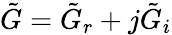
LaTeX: \tilde{G}=\tilde{G}_{r}+j\tilde{G}_{i}